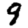
Digit: 9